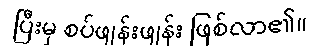
ပြီးမှ စပ်ဖျန်းဖျန်း ဖြစ်လာ၏။